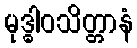
မုဒ္ဓါဝသိတ္တာနံ